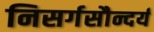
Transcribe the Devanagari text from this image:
निसर्गसौन्दर्य